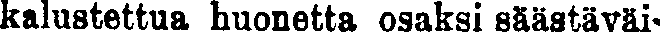
kalustettua huonetta osaksi säästäväi-